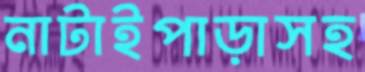
নাটাইপাড়াসহ